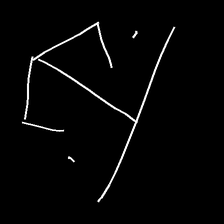
Glyph: earth